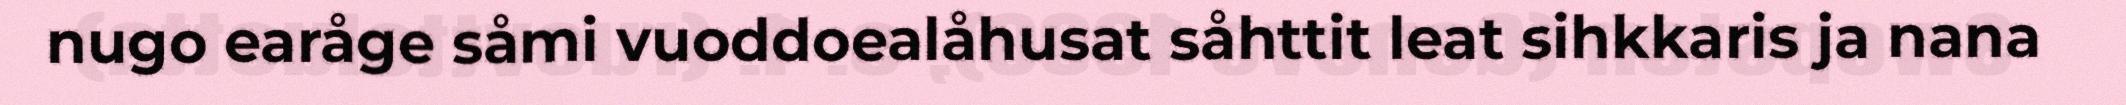
nugo earåge såmi vuoddoealåhusat såhttit leat sihkkaris ja nana